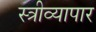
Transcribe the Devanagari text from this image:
स्त्रीव्यापार